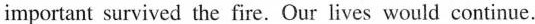
important survived the fire. Our lives would continue.